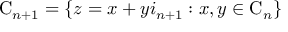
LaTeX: { \mathrm { C } } _ { n + 1 } = \lbrace z = x + y i _ { n + 1 } : x , y \in { \mathrm { C } } _ { n } \rbrace